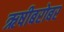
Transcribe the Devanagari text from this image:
ऋषीबरोबर